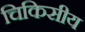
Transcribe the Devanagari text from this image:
चिकिसीय